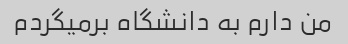
من دارم به دانشگاه برمیگردم